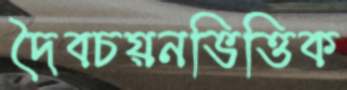
দৈবচয়নভিত্তিক